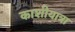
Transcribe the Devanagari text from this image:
काशीयात्रा